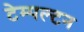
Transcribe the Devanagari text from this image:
टेम्पल्टन